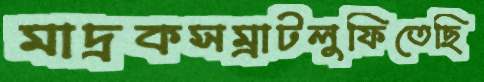
মাদ্রকসম্রাটলুফিতেছি